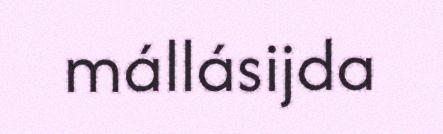
mállásijda